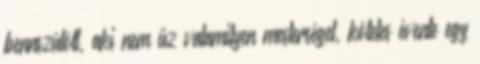
bennszülött, aki nem űz valamilyen mesterséget, köteles évente egy